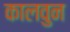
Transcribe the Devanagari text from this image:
कालवुन